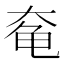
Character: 𱍃